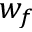
w _ { f }